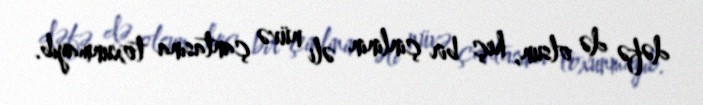
dəfə də olsun, heç bir çinlinin əli nüvə çantasına toxunmayıb.